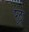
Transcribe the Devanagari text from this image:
छ्र